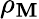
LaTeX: \rho_{\mathbf{M}}